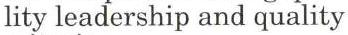
lity leadership and quality